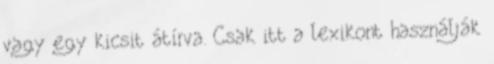
vagy egy kicsit átírva. Csak itt a lexikont használják